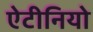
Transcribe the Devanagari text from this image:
ऐटीनियो